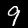
Digit: 9